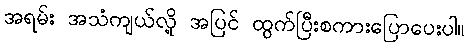
အရမ်း အသံကျယ်လို့ အပြင် ထွက်ပြီးစကားပြောပေးပါ။